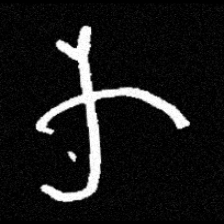
Pyu character \u2014 Myanmar letter: က (romanized: ka)